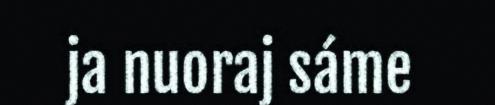
ja nuoraj sáme